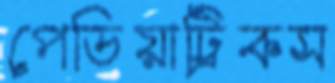
পেডিয়াট্রিকস